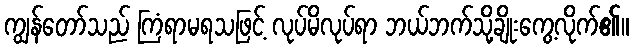
ကျွန်တော်သည် ကြံရာမရသဖြင့် လုပ်မိလုပ်ရာ ဘယ်ဘက်သို့ချိုးကွေ့လိုက်၏။